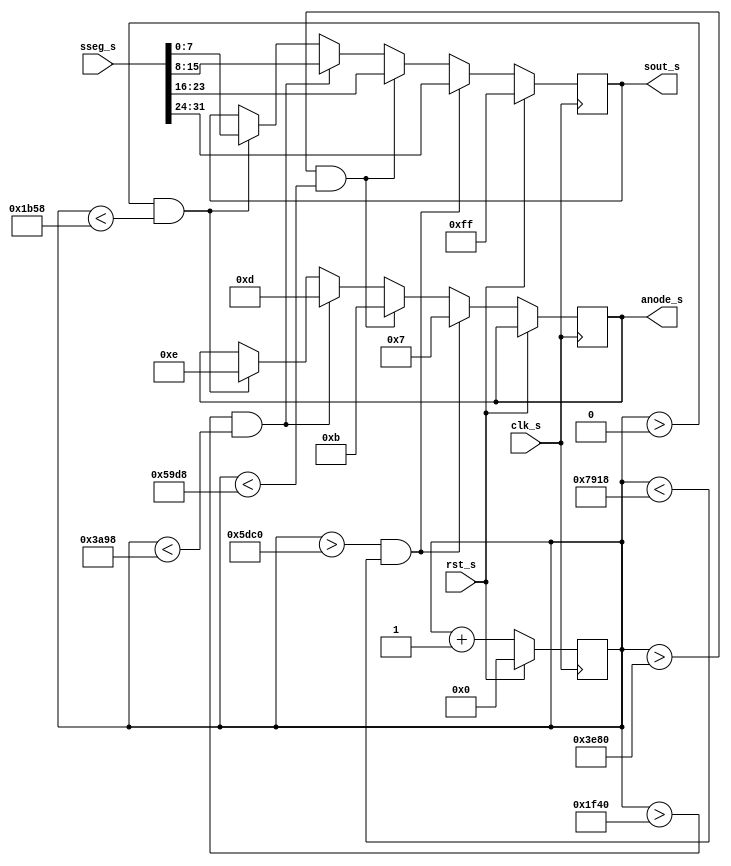
module scan_unit(clk_s, rst_s, sseg_s, anode_s, sout_s); 

input clk_s, rst_s; 
input [31:0] sseg_s; 
output [7:0] sout_s; 
output  [3:0] anode_s; 

reg [7:0] sout_s; 
reg [3:0] anode_s; 
reg [14:0] cntr; 


always @(posedge clk_s) begin 
  
if(rst_s) begin 
cntr<=15'd0; 
sout_s <= 8'b11111111; 
end 
  
  else begin 
cntr <= cntr +1; 
   if (cntr>15'd24000 && cntr<15'd31000)begin 
sout_s<=sseg_s[31:24]; 
anode_s<=4'b0111; 
end 
    
else if (cntr>15'd16000 && cntr<15'd23000)begin 
sout_s<=sseg_s[23:16]; 
anode_s<=4'b1011; 
end 
    
else if (cntr>15'd8000 && cntr<15'd15000)begin 
sout_s<=sseg_s[15:8]; 
anode_s<=4'b1101; 
end 
    
else if (cntr>15'b0 && cntr<15'd7000)begin 
sout_s<=sseg_s[7:0]; 
anode_s<=4'b1110; 
end 
    
end		 
  
   end
  
endmodule